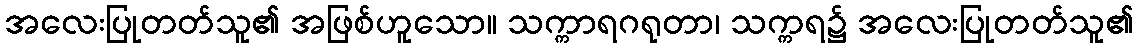
အလေးပြုတတ်သူ၏ အဖြစ်ဟူသော။ သက္ကာရဂရုတာ၊ သက္ကရ၌ အလေးပြုတတ်သူ၏